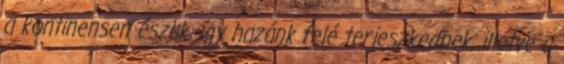
a kontinensen észak, így hazánk felé terjeszkednek, illetve a